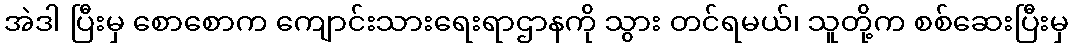
အဲဒါ ပြီးမှ စောစောက ကျောင်းသားရေးရာဌာနကို သွား တင်ရမယ်၊ သူတို့က စစ်ဆေးပြီးမှ